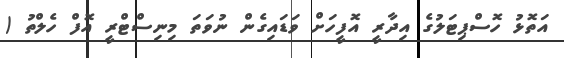
އަތޮޅު ހޮސްޕިޓަލުގެ އިދާރީ އޮފީހަށް ވަޑައިގެން ނުވަތަ މިނިސްޓްރީ އޮފް ހެލްތު (